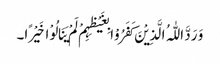
وَ رَدَّ اللّٰہُ الَّذِیْنَ کَفَرُوْا بِغَیْظِہِمْ لَمْ یَنَالُوْا خَیْرًا۔